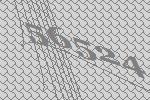
56524